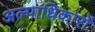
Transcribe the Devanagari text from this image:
अल्पाधिकारों